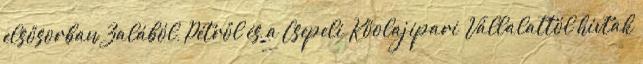
elsősorban Zalából, Pétről és a Csepeli Kőolajipari Vállalattól hívtak